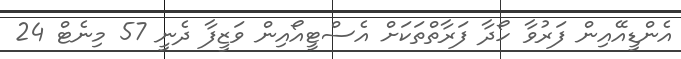
އެންޑީއޭއިން ފަރުވާ ހޯދާ ފަރާތްތަކަށް އެސްޓީއޯއިން ވަޒީފާ ދެނީ 57 މިނެޓް 24